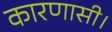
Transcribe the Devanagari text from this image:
कारणासी।